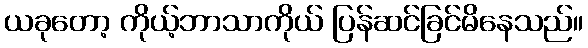
ယခုတော့ ကိုယ့်ဘာသာကိုယ် ပြန်ဆင်ခြင်မိနေသည်။